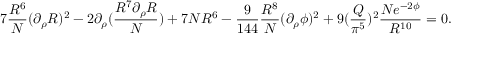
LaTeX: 7 { \frac { R ^ { 6 } } { N } } ( \partial _ { \rho } R ) ^ { 2 } - 2 \partial _ { \rho } ( { \frac { R ^ { 7 } \partial _ { \rho } R } { N } } ) + 7 N R ^ { 6 } - { \frac { 9 } { 1 4 4 } } { \frac { R ^ { 8 } } { N } } ( \partial _ { \rho } \phi ) ^ { 2 } + 9 ( { \frac { Q } { \pi ^ { 5 } } } ) ^ { 2 } { \frac { N e ^ { - 2 \phi } } { R ^ { 1 0 } } } = 0 .